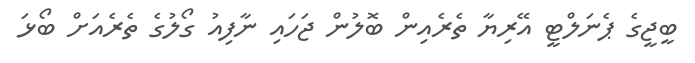
ބީޖީގެ ޕެނަލްޓީ އޭރިޔާ ތެރެއިން ބޮލުން ޖަހައި ނާފިއު ގޯލުގެ ތެރެއަށް ބޯޅަ